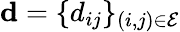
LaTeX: \mathbf{d}=\{ d_{ij}\} _{(i,j)\in\mathcal{E}}